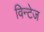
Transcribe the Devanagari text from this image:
विन्टेज